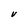
Character: V